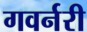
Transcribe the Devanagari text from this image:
गवर्नरी